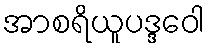
အာစရိယူပဒ္ဒဝေါ